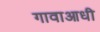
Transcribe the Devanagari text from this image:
गावाआधी